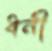
ধনী